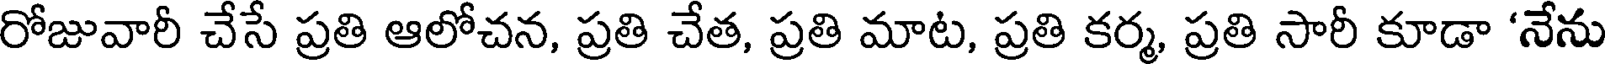
రోజువారీ చేసే ప్రతి ఆలోచన, ప్రతి చేత, ప్రతి మాట, ప్రతి కర్మ, ప్రతి సారీ కూడా 'నేను